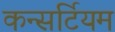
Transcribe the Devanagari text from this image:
कन्सर्टियम